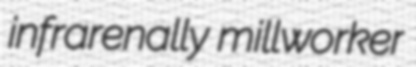
infrarenally millworker